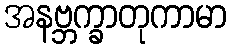
အနဗ္ဘက္ခာတုကာမာ